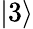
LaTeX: \left\lvert 3\right\rangle